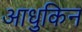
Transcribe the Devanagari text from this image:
आधुकिन